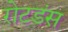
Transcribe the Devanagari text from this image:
रोटडंस